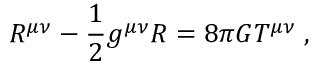
R ^ { \mu \nu } - \frac { 1 } { 2 } g ^ { \mu \nu } R = 8 \pi G T ^ { \mu \nu } \; ,